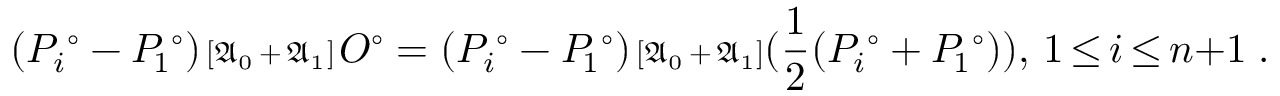
( P _ { i } ^ { \; \circ } - P _ { \! 1 } ^ { \; \circ } ) { \scriptstyle { \, [ \mathfrak { A } _ { 0 } { \, + \, } \mathfrak { A } _ { 1 } ] \, } } O ^ { \circ } = ( P _ { i } ^ { \; \circ } - P _ { \! 1 } ^ { \; \circ } ) { \scriptstyle { \, [ \mathfrak { A } _ { 0 } { \, + \, } \mathfrak { A } _ { 1 } ] } } ( \frac { 1 } { 2 } ( P _ { i } ^ { \; \circ } + P _ { \! 1 } ^ { \; \circ } ) ) , \, 1 { \, \le \, } i { \, \le \, } n { + } 1 \; .